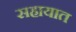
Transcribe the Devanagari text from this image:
सहायात